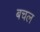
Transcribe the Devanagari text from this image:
बचल